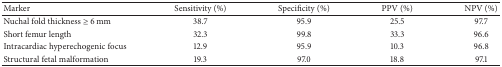
| Marker | Sensitivity (%) | Specificity (%) | PPV (%) | NPV (%) |
 | --- | --- | --- | --- | --- |
 | Nuchal fold thickness ≥ 6 mm | 38.7 | 95.9 | 25.5 | 97.7 |
 | Short femur length | 32.3 | 99.8 | 33.3 | 96.6 |
 | Intracardiac hyperechogenic focus | 12.9 | 95.9 | 10.3 | 96.8 |
 | Structural fetal malformation | 19.3 | 97.0 | 18.8 | 97.1 |